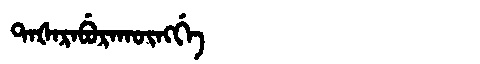
Manchu: ᡨᠠᡧᠠᡵᠠᠪᡠᡵᠠᡴᡡᠩᡤᡝ
Romanization: TAŠARABURAKŪNGGE